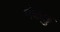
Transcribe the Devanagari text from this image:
मंकछु